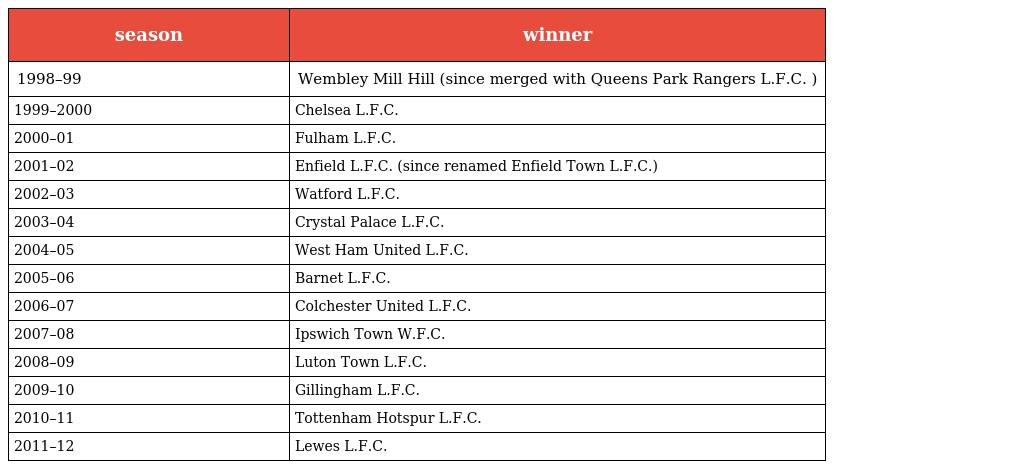
| season | winner |
 | --- | --- |
 | 1998–99 | Wembley Mill Hill (since merged with Queens Park Rangers L.F.C. ) |
 | 1999–2000 | Chelsea L.F.C. |
 | 2000–01 | Fulham L.F.C. |
 | 2001–02 | Enfield L.F.C. (since renamed Enfield Town L.F.C.) |
 | 2002–03 | Watford L.F.C. |
 | 2003–04 | Crystal Palace L.F.C. |
 | 2004–05 | West Ham United L.F.C. |
 | 2005–06 | Barnet L.F.C. |
 | 2006–07 | Colchester United L.F.C. |
 | 2007–08 | Ipswich Town W.F.C. |
 | 2008–09 | Luton Town L.F.C. |
 | 2009–10 | Gillingham L.F.C. |
 | 2010–11 | Tottenham Hotspur L.F.C. |
 | 2011–12 | Lewes L.F.C. |